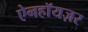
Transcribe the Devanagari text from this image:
ऐनहॉयज़र